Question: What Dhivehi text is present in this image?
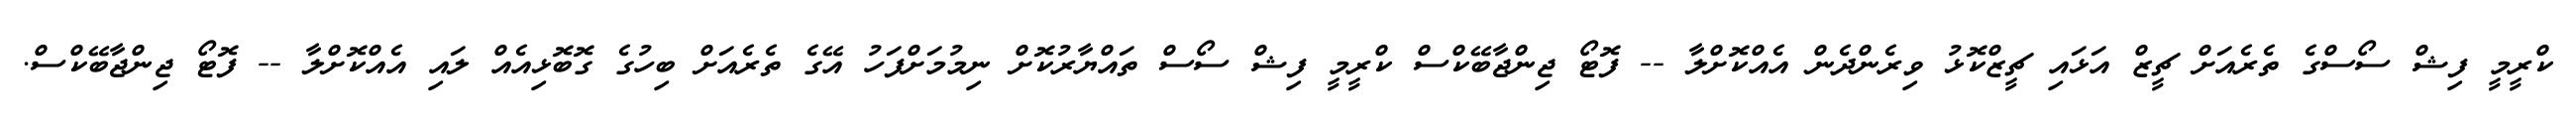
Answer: ކްރީމީ ފިޝް ސޯސްގެ ތެރެއަށް ޗީޒް އަޅައި ޗީޒްކޮޅު ވިރެންދެން އެއްކޮށްލާ -- ފޮޓޯ ޖިންޖާބޭކްސް ކްރީމީ ފިޝް ސޯސް ތައްޔާރުކޮށް ނިމުމަށްފަހު އޭގެ ތެރެއަށް ބިހުގެ ގޮބޮޅިއެއް ލައި އެއްކޮށްލާ -- ފޮޓޯ ޖިންޖާބޭކްސް.